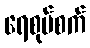
ရေစုပ်စက်